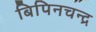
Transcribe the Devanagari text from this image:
बिपिनचन्द्र